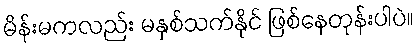
မိန်းမကလည်း မနှစ်သက်နိုင် ဖြစ်နေတုန်းပါပဲ။